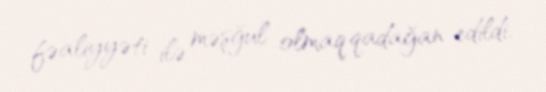
fəaliyyəti ilə məşğul olmaq qadağan edildi.